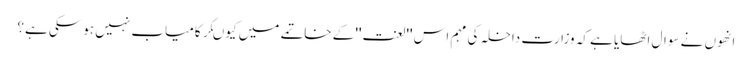
انھوں نے سوال اٹھایا ہے کہ وزارت داخلہ کی مہم اس ''لعنت'' کے خاتمے میں کیوںکر کامیاب نہیں ہوسکی ہے؟